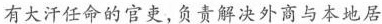
有大汗任命的官吏，负责解决外商与本地居